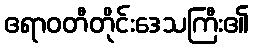
ဧရာဝတီတိုင်းဒေသကြီး၏